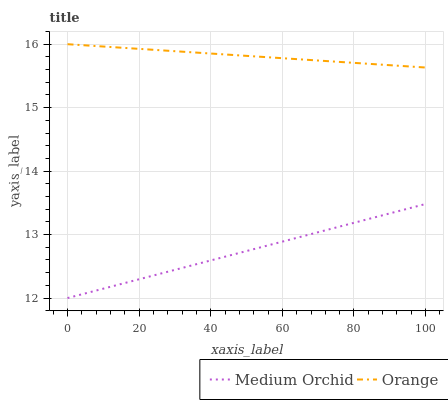
| xaxis_label | Medium Orchid | Orange |
 | --- | --- | --- |
 | 0 | 12 | 16 |
 | 5.88 | 12.1 | 16 |
 | 11.8 | 12.2 | 16 |
 | 17.6 | 12.3 | 15.9 |
 | 23.5 | 12.3 | 15.9 |
 | 29.4 | 12.4 | 15.9 |
 | 35.3 | 12.5 | 15.9 |
 | 41.2 | 12.6 | 15.8 |
 | 47.1 | 12.7 | 15.8 |
 | 52.9 | 12.8 | 15.8 |
 | 58.8 | 12.9 | 15.8 |
 | 64.7 | 13 | 15.8 |
 | 70.6 | 13 | 15.7 |
 | 76.5 | 13.1 | 15.7 |
 | 82.4 | 13.2 | 15.7 |
 | 88.2 | 13.3 | 15.7 |
 | 94.1 | 13.4 | 15.7 |
 | 100 | 13.5 | 15.6 |